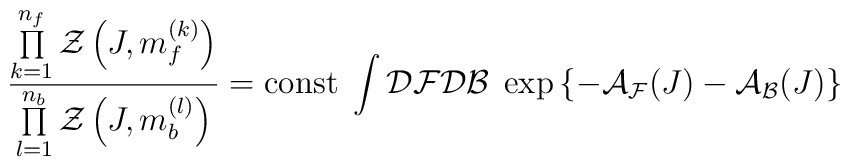
\frac{\prod\limits_{k=1}^{n_f}{\mathcal{Z}}\left(J,m_f^{(k)}\right)}{\prod\limits_{l=1}^{n_b}{\mathcal{Z}}\left(J,m_b^{(l)}\right)}=\mbox{const}\;\int{\mathcal{D}}{\mathcal{F}}{\mathcal{D}}{\mathcal{B}}\;\exp\left\{-{\mathcal{A}}_{\mathcal{F}}(J)-{\mathcal{A}}_{\mathcal{B}}(J)\right\}